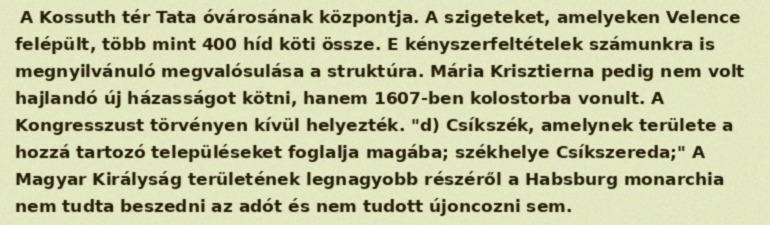
A Kossuth tér Tata óvárosának központja. A szigeteket, amelyeken Velence felépült, több mint 400 híd köti össze. E kényszerfeltételek számunkra is megnyilvánuló megvalósulása a struktúra. Mária Krisztierna pedig nem volt hajlandó új házasságot kötni, hanem 1607-ben kolostorba vonult. A Kongresszust törvényen kívül helyezték. "d) Csíkszék, amelynek területe a hozzá tartozó településeket foglalja magába; székhelye Csíkszereda;" A Magyar Királyság területének legnagyobb részéről a Habsburg monarchia nem tudta beszedni az adót és nem tudott újoncozni sem.